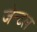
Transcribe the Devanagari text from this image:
जेन्टल